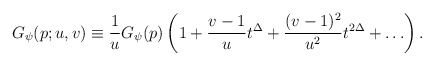
\begin{align*}G_{\psi}(p;u,v) \equiv \frac{1}{u} G_{\psi}(p)\left (1+\frac{v-1}{u}t^{\Delta}+\frac{(v-1)^2}{u^{2}}t^{2\Delta} +\ldots\right).\end{align*}